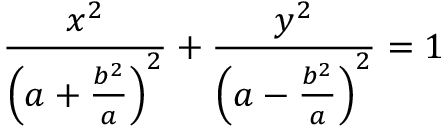
\frac { x ^ { 2 } } { \left( a + \frac { b ^ { 2 } } { a } \right) ^ { 2 } } + \frac { y ^ { 2 } } { \left( a - \frac { b ^ { 2 } } { a } \right) ^ { 2 } } = 1